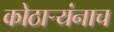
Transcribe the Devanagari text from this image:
कोठार्‍यंनाच